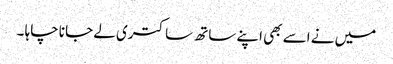
میں نے اسے بھی اپنے ساتھ ساکتری لے جانا چاہا ۔